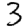
Digit: 3